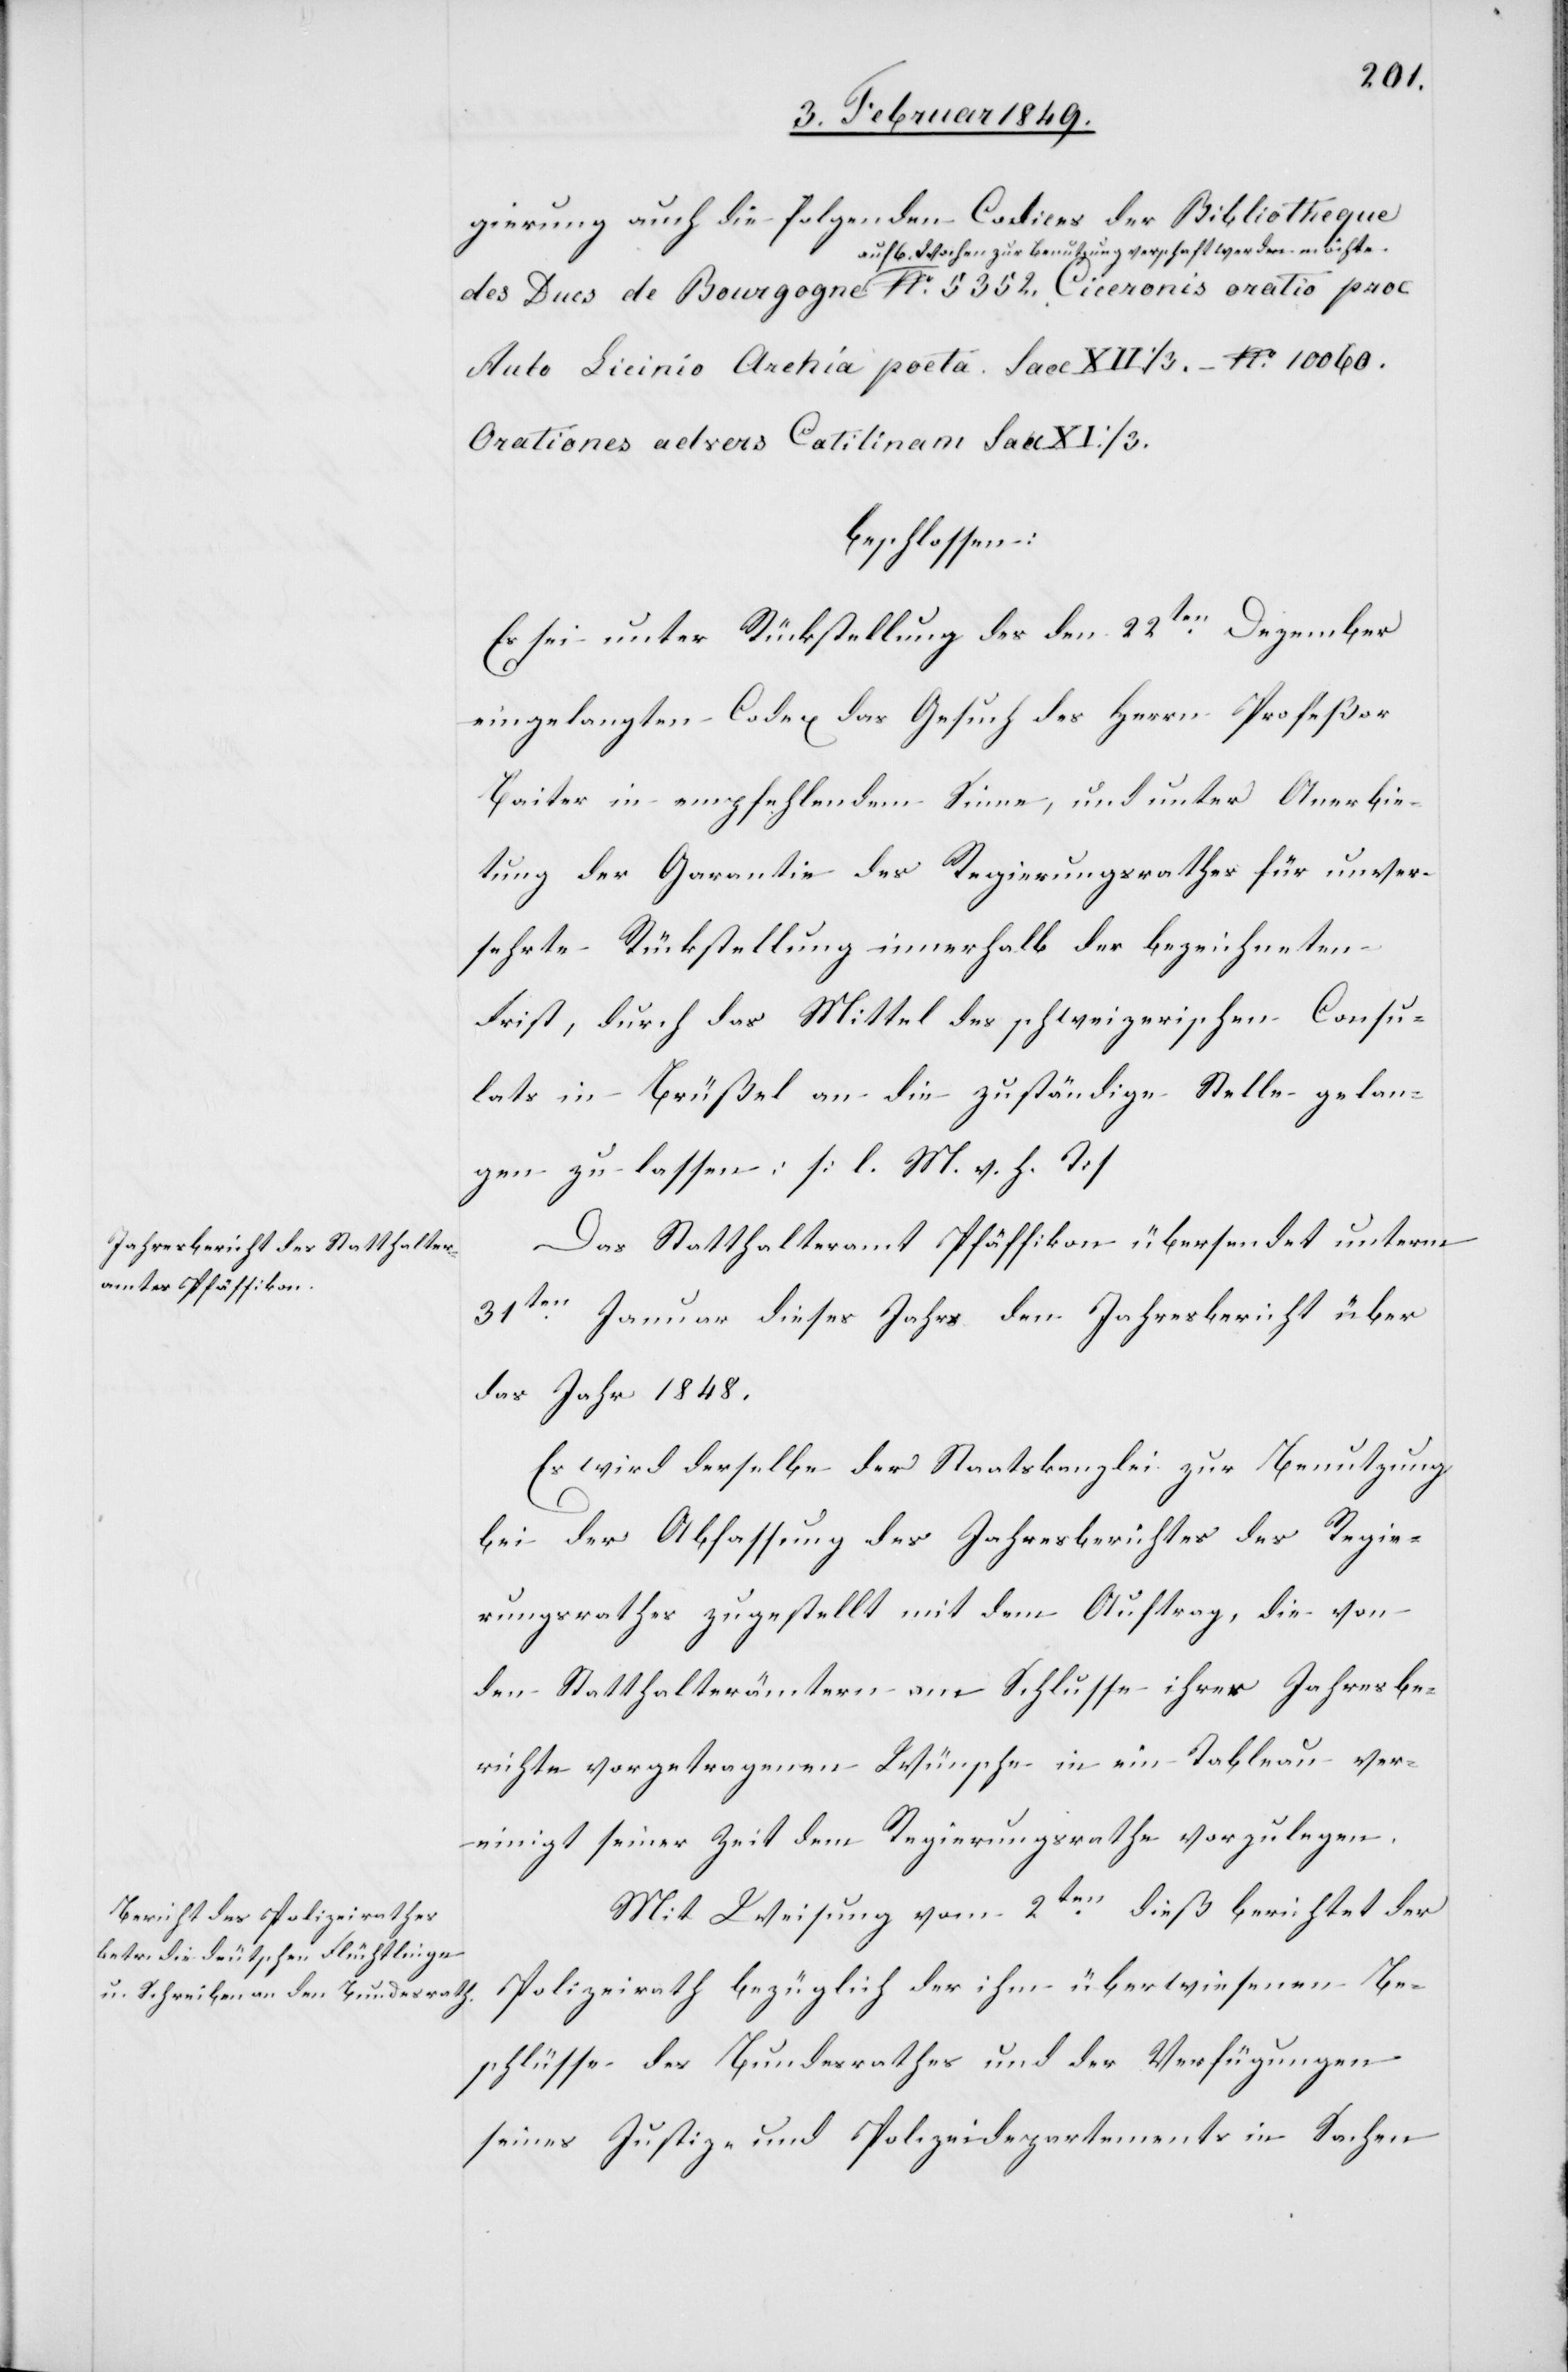
gierung auch die folgenden Codices der Bibliotheque
auf 6. Wochen zur Benutzung verschaft werden möchte.
Aulo Licinio Archia poeta. Saec XII:/3. – No. 10060.
Orationes advers Catilinam Saec XI:/3.
beschlossen:
Es sei unter Rückstellung des den 22ten. Dezember
eingelangten Codex das Gesuch des Herrn Profeßor
Baiter in empfehlendem Sinne, und unter Anerbie¬
tung der Garantie des Regierungsrathes für unver¬
sehrte Rückstellung innerhalb der bezeichneten
Frist, durch das Mittel des schweizerischen Consu¬
lats in Brüssel an die zuständige Stelle gelan¬
gen zu lassen: [l. M. v. h. T]
Das Statthalteramt Pfäffikon übersendet unterm
31ten. Januar dieses Jahrs den Jahresbericht über
das Jahr. 1848.
Es wird derselbe der Staatskanzlei zur Benutzung
bei der Abfassung des Jahresberichtes des Regie¬
rungsrathes zugestellt mit dem Auftrag, die von
den Statthalterämtern am Schlusse ihrer Jahresbe¬
richte vorgetragenen Wünsche in ein Tableau ver¬
einigt seiner Zeit dem Regierungsrathe vorzulegen.
Mit Weisung vom 2ten. dieß berichtet der
Beschlüsse des Bundesrathes und der Verfügungen
seines Justiz- und Polizeidepartements in Sachen

ihm